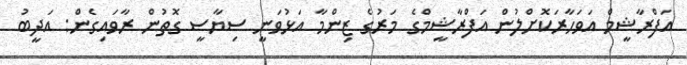
އަފްރާޝީމް އަވަހާރަކޮށްލުން އަފްރާޝީމްގެ މަރުގެ ޒިންމާ އަޅުވަނީ ސިޔާސީ ގޮތުން ރާވައިގެން: އަދީބު